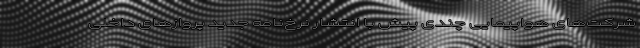
شرکت‌های هواپیمایی چندی پیش با انتشار نرخ‌نامه جدید پروازهای داخلی